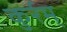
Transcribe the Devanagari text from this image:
कुर्रम्